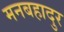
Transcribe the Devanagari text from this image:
मनबहादुर